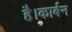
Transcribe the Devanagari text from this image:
है।कार्बन